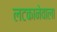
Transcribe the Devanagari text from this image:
लटकानेवाला